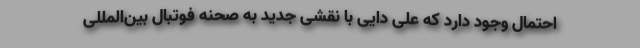
احتمال وجود دارد که علی دایی با نقشی جدید به صحنه فوتبال بین‌المللی